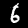
Label: 6